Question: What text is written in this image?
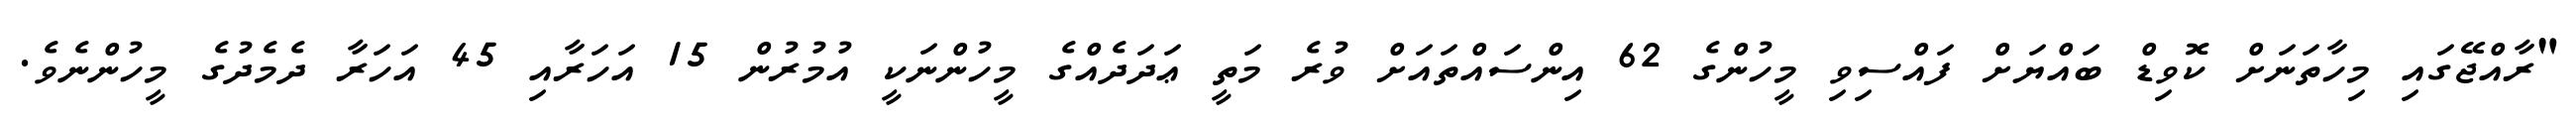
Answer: "ރާއްޖޭގައި މިހާތަނަށް ކޮވިޑް ބައްޔަށް ފައްސިވި މީހުންގެ 62 އިންސައްތައަށް ވުރެ މަތީ ޢަދަދެއްގެ މީހުންނަކީ އުމުރުން 15 އަހަރާއި 45 އަހަރާ ދެމެދުގެ މީހުންނެވެ.